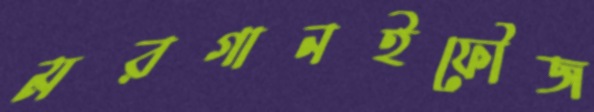
মরগানইফৌজ